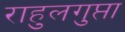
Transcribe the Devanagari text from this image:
राहुलगुप्ता